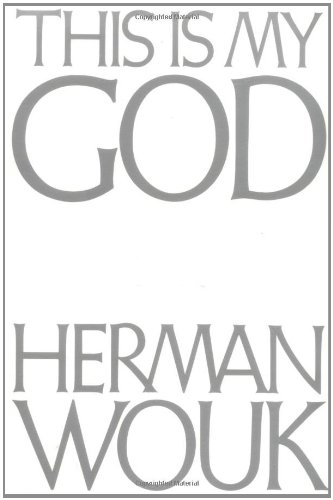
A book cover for This Is My God; Herman Wouk; Religion & Spirituality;